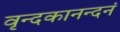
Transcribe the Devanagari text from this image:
वृन्दकानन्दनं